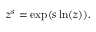
z ^ { s } = \exp ( s \ln ( z ) ) .